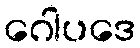
ဂေါပဒေ